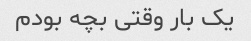
یک بار وقتی بچه بودم